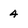
Character: 4